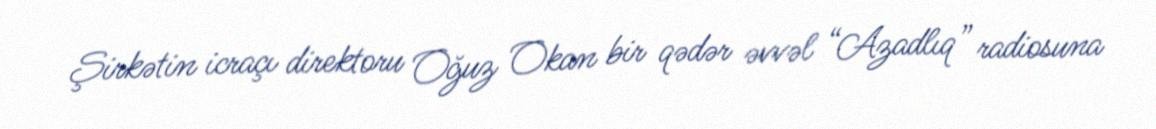
Şirkətin icraçı direktoru Oğuz Okan bir qədər əvvəl “Azadlıq” radiosuna